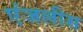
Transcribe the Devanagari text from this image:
एंजलीस